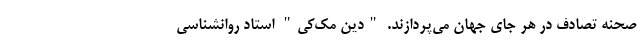
صحنه تصادف در هر جای جهان می‌پردازند. "دین مک‌کی" استاد روانشناسی